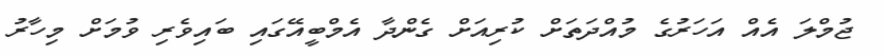
ޖުމްލަ އެއް އަހަރުގެ މުއްދަތަށް ކުރިއަށް ގެންދާ އެމްބީއޭގައި ބައިވެރި ވުމަށް މިހާރު